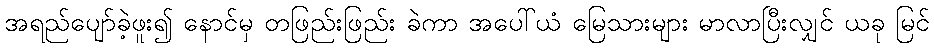
အရည်ပျော်ခဲ့ဖူး၍ နောင်မှ တဖြည်းဖြည်း ခဲကာ အပေါ်ယံ မြေသားများ မာလာပြီးလျှင် ယခု မြင်